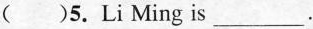
( )5.Li Ming is___.